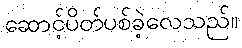
ဆောင့်ပိတ်ပစ်ခဲ့လေသည်။